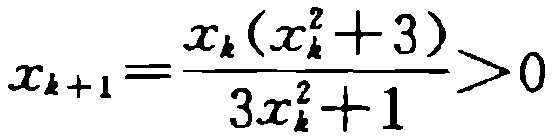
\[x_{k + 1} = \frac{x_{k}(x_{k}^{2} + 3)}{3x_{k}^{2} + 1} > 0\]